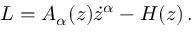
\begin{array} { r } { L = A _ { \alpha } ( z ) \dot { z } ^ { \alpha } - H ( z ) \, . } \end{array}